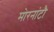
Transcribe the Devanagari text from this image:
मोरनांटौ